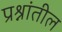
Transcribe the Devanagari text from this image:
प्रश्नांतील